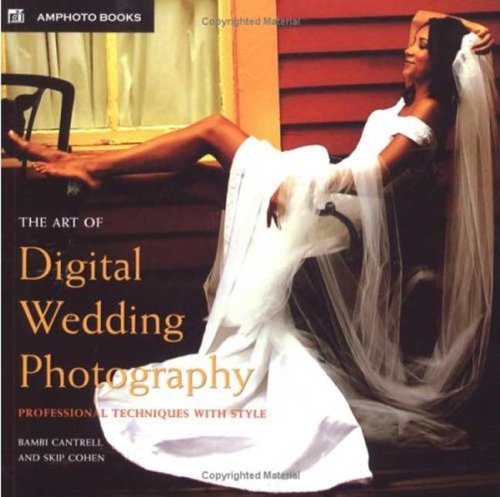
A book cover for The Art of Digital Wedding Photography: Professional Techniques with Style (Amphoto); Bambi Cantrell; Crafts, Hobbies & Home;